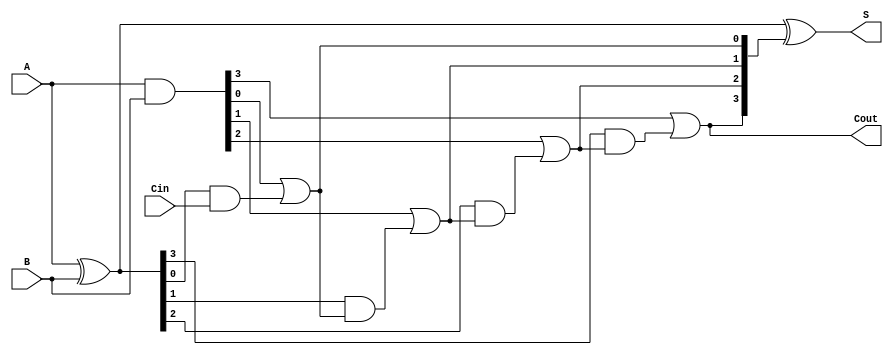
module RCLA #(parameter n = 4) (
    input  [n-1:0] A,     // First n-bit input
    input  [n-1:0] B,     // Second n-bit input
    input          Cin,    // Carry-in
    output [n-1:0] S,     // n-bit sum output
    output         Cout     // Carry-out
);

    wire [n-1:0] G;       // Generate signals
    wire [n-1:0] P;       // Propagate signals
    wire [n:0] C;         // Carry signals

    // Generate and Propagate calculations
    assign G = A & B;             // G[i] = A[i] & B[i]
    assign P = A ^ B;             // P[i] = A[i] ^ B[i]

    // Carry generation
    assign C[0] = Cin;            // C[0] = Cin
    genvar i;
    generate
        for (i = 0; i < n; i = i + 1) begin : carry_gen
            assign C[i + 1] = G[i] | (P[i] & C[i]); // C[i + 1] = G[i] + (P[i] * C[i])
        end
    endgenerate

    // Sum calculation
    assign S = P ^ C[n:1];        // S[i] = P[i] ^ C[i]

    // Carry-out
    assign Cout = C[n];           // Cout = C[n]

endmodule